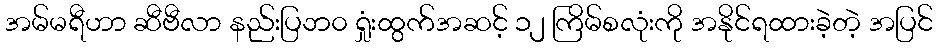
အမ်မရီဟာ ဆီဗီလာ နည်းပြဘ၀ ရှုံးထွက်အဆင့် ၁၂ ကြိမ်စလုံးကို အနိုင်ရထားခဲ့တဲ့ အပြင်